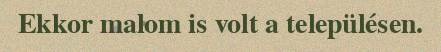
Ekkor malom is volt a településen.